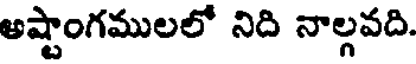
అష్టాంగములలో నిది నాల్గవది.